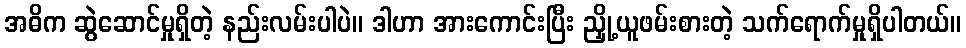
အဓိက ဆွဲဆောင်မှုရှိတဲ့ နည်းလမ်းပါပဲ။ ဒါဟာ အားကောင်းပြီး ညှို့ယူဖမ်းစားတဲ့ သက်ရောက်မှုရှိပါတယ်။